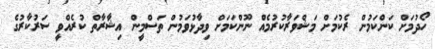
ހޯދުމަށް ކަންކަމުން ރެކުމަށް މަޝްވަރާކުރުމެއް ނޫންކަމަށް ވިދާޅުވަމުން ތަސްމީން އިޝާރާތް ކުރެއްވީ ސަރުކާރުގެ